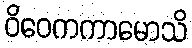
ဝိဝေကကာမောသိ